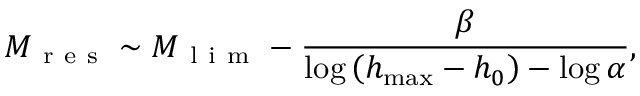
M _ { \mathrm { ~ r ~ e ~ s ~ } } \sim M _ { \mathrm { ~ l ~ i ~ m ~ } } - \frac { \beta } { \log \left( h _ { \operatorname* { m a x } } - h _ { 0 } \right) - \log \alpha } ,